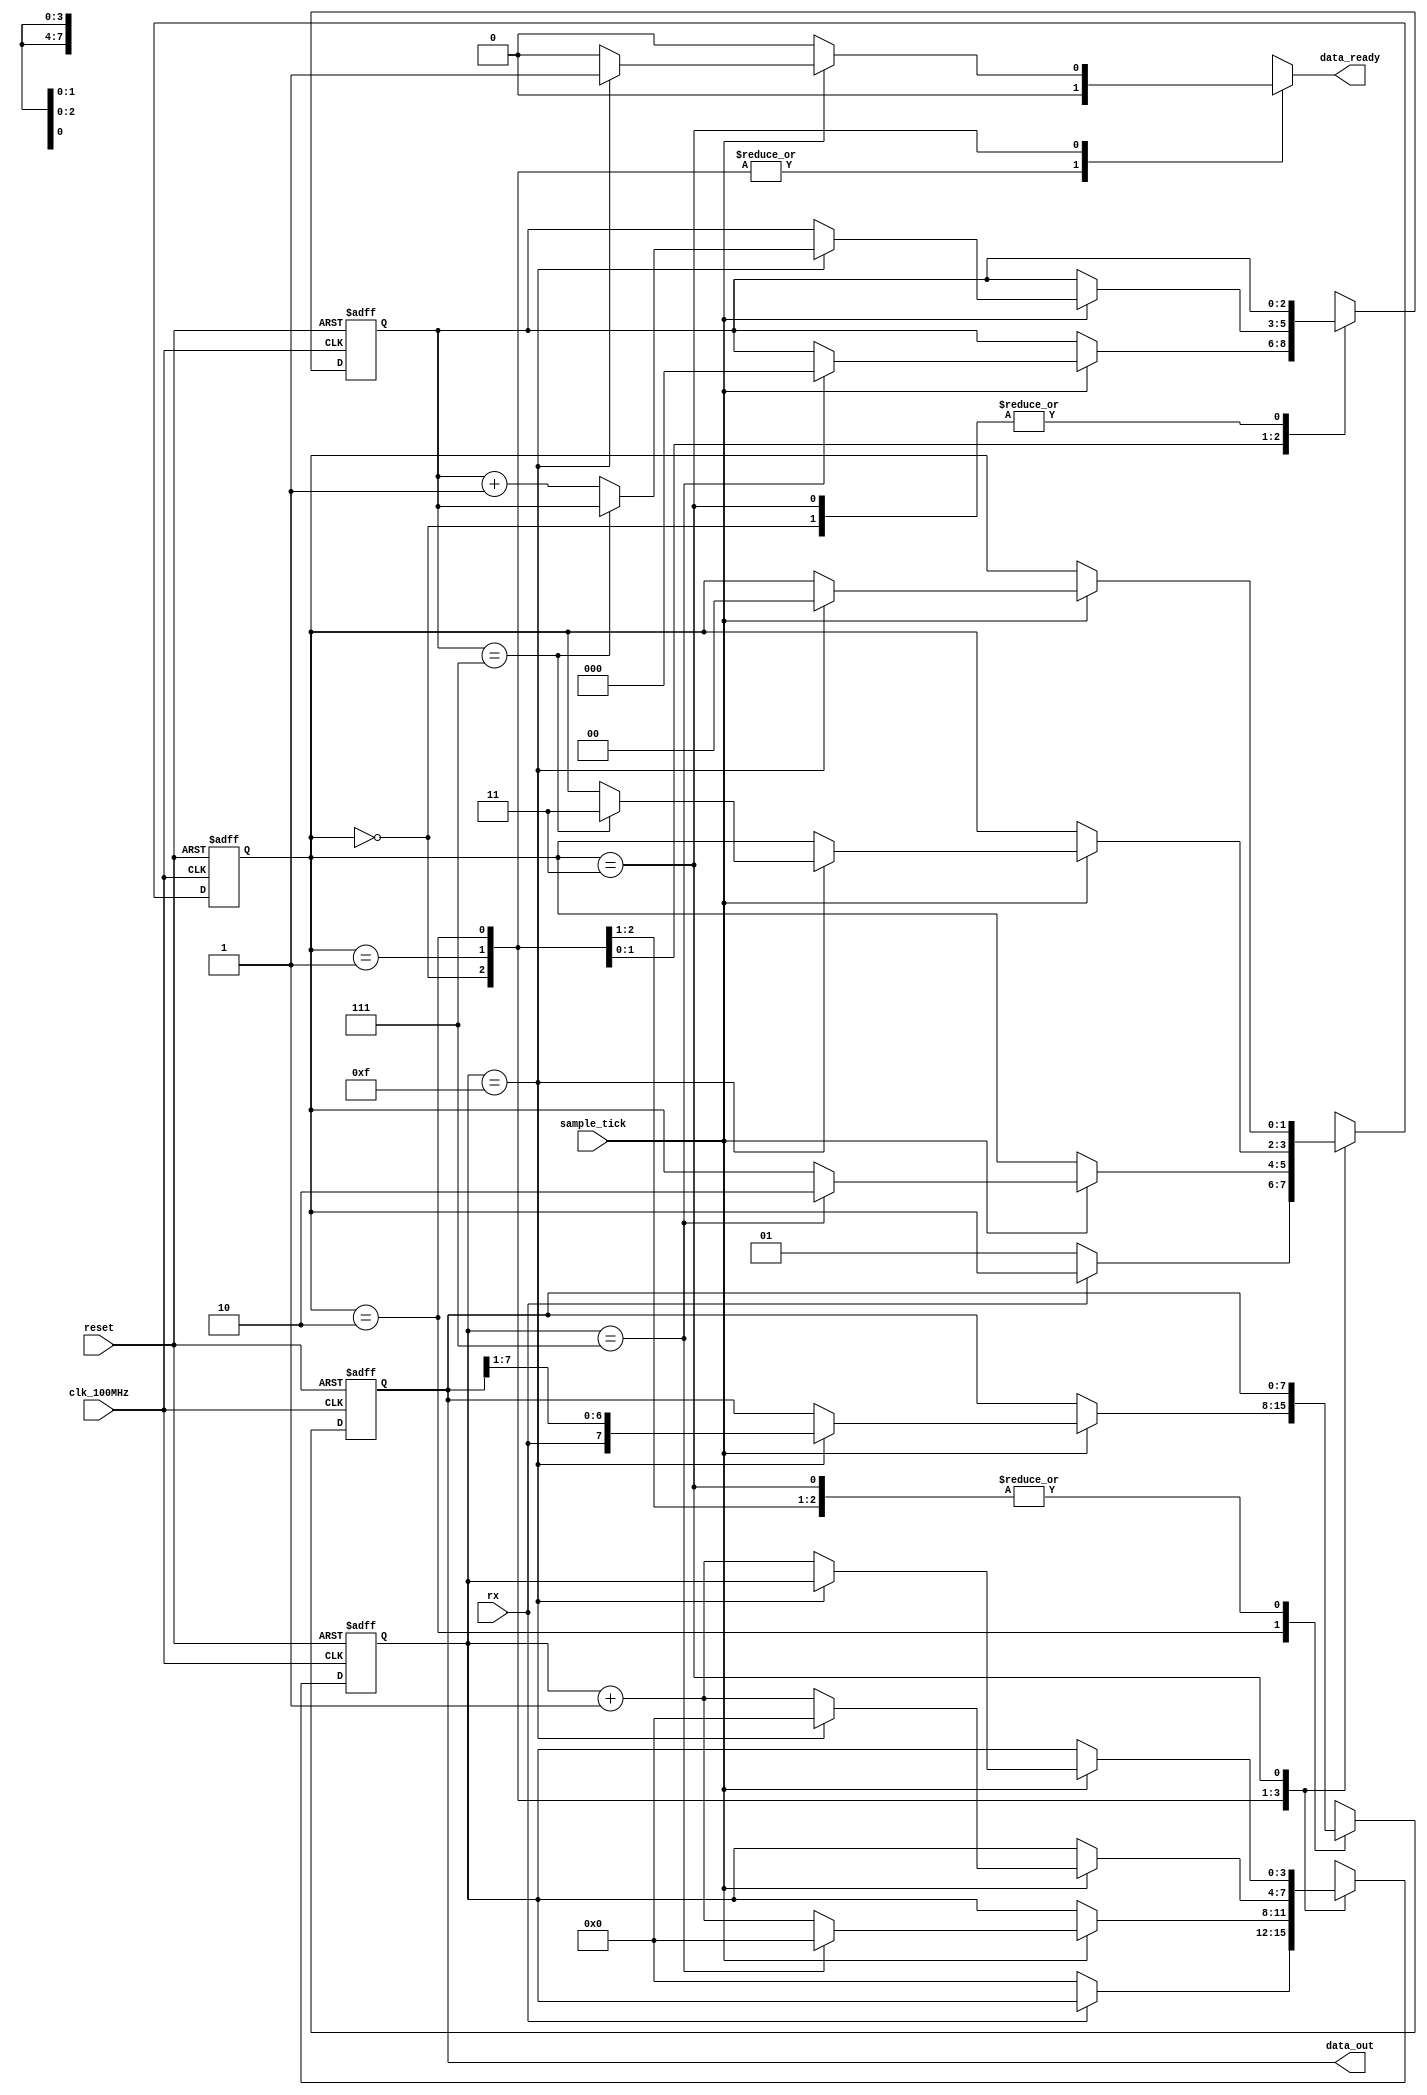
`timescale 1ns / 1ps
//////////////////////////////////////////////////////////////////////////////////
//
//
// Code adapted from https://www.youtube.com/watch?v=L1D5rBwGTwY, FPGA DUDE
//
//
//////////////////////////////////////////////////////////////////////////////////

module uart_receiver
    #(
        parameter   DBITS = 8,          // number of data bits in a data word
                    SB_TICK = 16        // number of stop bit / oversampling ticks (1 stop bit)
    )
    (
        input clk_100MHz,               // basys 3 FPGA
        input reset,                    // reset
        input rx,                       // receiver data line
        input sample_tick,              // sample tick from baud rate generator
        output reg data_ready,          // signal when new data word is complete (received)
        output [DBITS-1:0] data_out     // data to FIFO
    );
    
    // State Machine States
    localparam [1:0] idle  = 2'b00,
                     start = 2'b01,
                     data  = 2'b10,
                     stop  = 2'b11;
    
    // Registers                 
    reg [1:0] state, next_state;        // state registers
    reg [3:0] tick_reg, tick_next;      // number of ticks received from baud rate generator
    reg [2:0] nbits_reg, nbits_next;    // number of bits received in data state
    reg [DBITS-1:0] data_reg, data_next;      // reassembled data word
    
    // Register Logic
    always @(posedge clk_100MHz, posedge reset)
        if(reset) begin
            state <= idle;
            tick_reg <= 0;
            nbits_reg <= 0;
            data_reg <= 0;
        end
        else begin
            state <= next_state;
            tick_reg <= tick_next;
            nbits_reg <= nbits_next;
            data_reg <= data_next;
        end        

    // State Machine Logic
    always @* begin
        next_state = state;
        data_ready = 1'b0;
        tick_next = tick_reg;
        nbits_next = nbits_reg;
        data_next = data_reg;
        
        case(state)
            idle:
                if(~rx) begin               // when data line goes LOW (start condition)
                    next_state = start;
                    tick_next = 0;
                end
            start:
                if(sample_tick)
                    if(tick_reg == 7) begin
                        next_state = data;
                        tick_next = 0;
                        nbits_next = 0;
                    end
                    else
                        tick_next = tick_reg + 1;
            data:
                if(sample_tick)
                    if(tick_reg == 15) begin
                        tick_next = 0;
                        data_next = {rx, data_reg[7:1]};
                        if(nbits_reg == (DBITS-1))
                            next_state = stop;
                        else
                            nbits_next = nbits_reg + 1;
                    end
                    else
                        tick_next = tick_reg + 1;
            stop:
                if(sample_tick)
                    if(tick_reg == (SB_TICK-1)) begin
                        next_state = idle;
                        data_ready = 1'b1;
                    end
                    else
                        tick_next = tick_reg + 1;
        endcase                    
    end
    
    // Output Logic
    assign data_out = data_reg;

endmodule